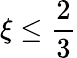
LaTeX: \xi\le\frac{2}{3}